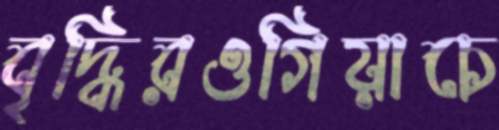
বৃদ্ধিরওগিয়াচে